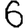
Digit: 6